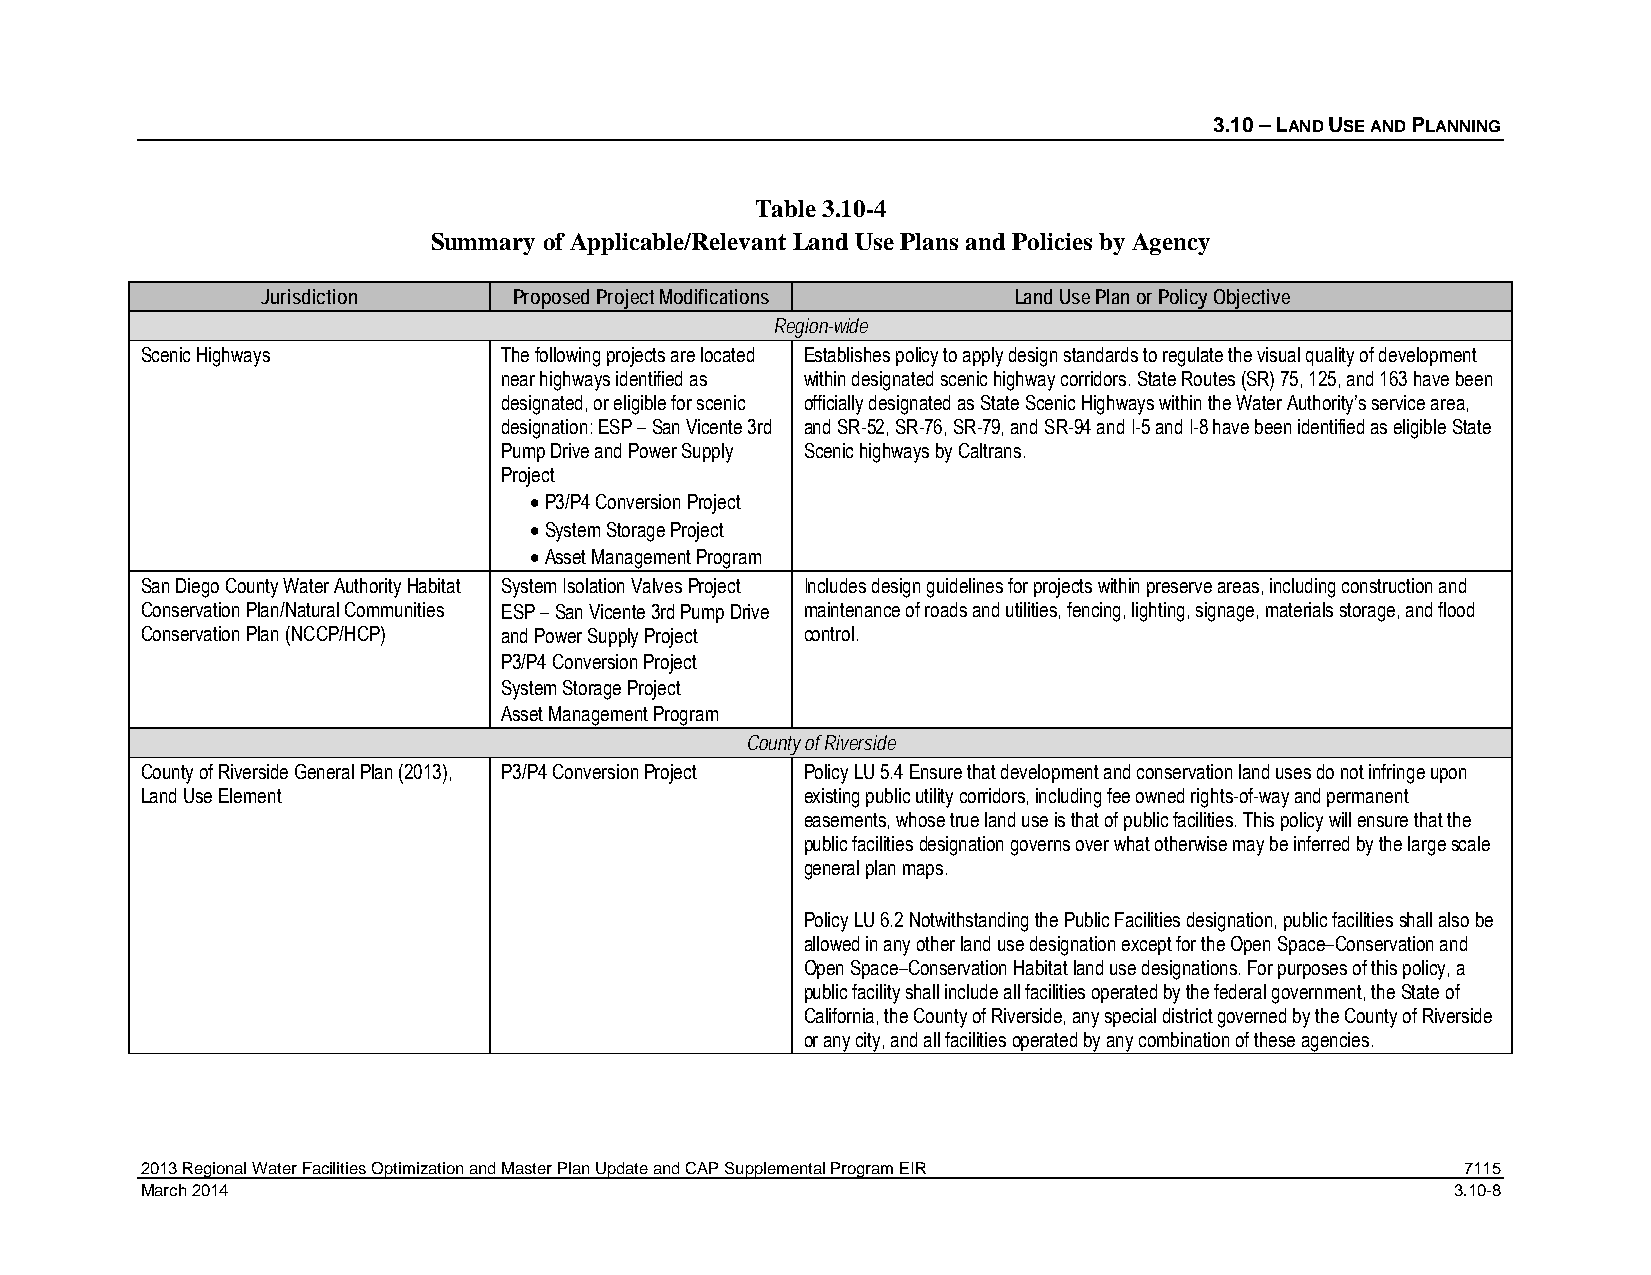
3.10 – LAND USE AND PLANNING
 Table 3.10-4
 Summary of Applicable/Relevant Land Use Plans and Policies by Agency
 Jurisdiction     Proposed Project Modifications   Land Use Plan or Policy Objective
 Region-wide
 Scenic Highways         The following projects are located Establishes policy to apply design standards to regulate the visual quality of development
 near highways identified as within designated scenic highway corridors. State Routes (SR) 75, 125, and 163 have been
 designated, or eligible for scenic officially designated as State Scenic Highways within the Water Authority’s service area,
 designation: ESP – San Vicente 3rd and SR-52, SR-76, SR-79, and SR-94 and I-5 and I-8 have been identified as eligible State
 Pump Drive and Power Supply Scenic highways by Caltrans.
 Project
 • P3/P4 Conversion Project
 • System Storage Project
 • Asset Management Program
 San Diego County Water Authority Habitat System Isolation Valves Project Includes design guidelines for projects within preserve areas, including construction and
 Conservation Plan/Natural Communities ESP – San Vicente 3rd Pump Drive maintenance of roads and utilities, fencing, lighting, signage, materials storage, and flood
 Conservation Plan (NCCP/HCP) and Power Supply Project control.
 P3/P4 Conversion Project
 System Storage Project
 Asset Management Program
 County of Riverside
 County of Riverside General Plan (2013), P3/P4 Conversion Project Policy LU 5.4 Ensure that development and conservation land uses do not infringe upon
 Land Use Element                            existing public utility corridors, including fee owned rights-of-way and permanent
 easements, whose true land use is that of public facilities. This policy will ensure that the
 public facilities designation governs over what otherwise may be inferred by the large scale
 general plan maps.
 Policy LU 6.2 Notwithstanding the Public Facilities designation, public facilities shall also be
 allowed in any other land use designation except for the Open Space–Conservation and
 Open Space–Conservation Habitat land use designations. For purposes of this policy, a
 public facility shall include all facilities operated by the federal government, the State of
 California, the County of Riverside, any special district governed by the County of Riverside
 or any city, and all facilities operated by any combination of these agencies.
 2013 Regional Water Facilities Optimization and Master Plan Update and CAP Supplemental Program EIR 7115
 March 2014                                                                             3.10-8